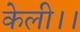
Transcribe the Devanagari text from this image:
केली।।